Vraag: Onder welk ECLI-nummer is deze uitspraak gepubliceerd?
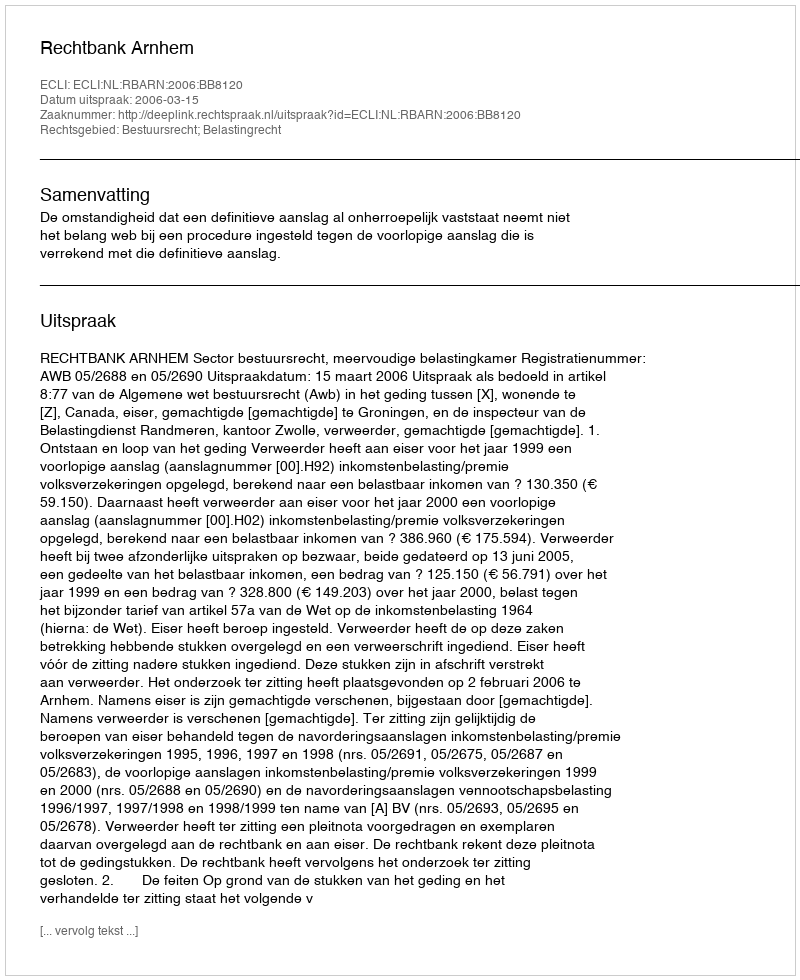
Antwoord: ECLI:NL:RBARN:2006:BB8120